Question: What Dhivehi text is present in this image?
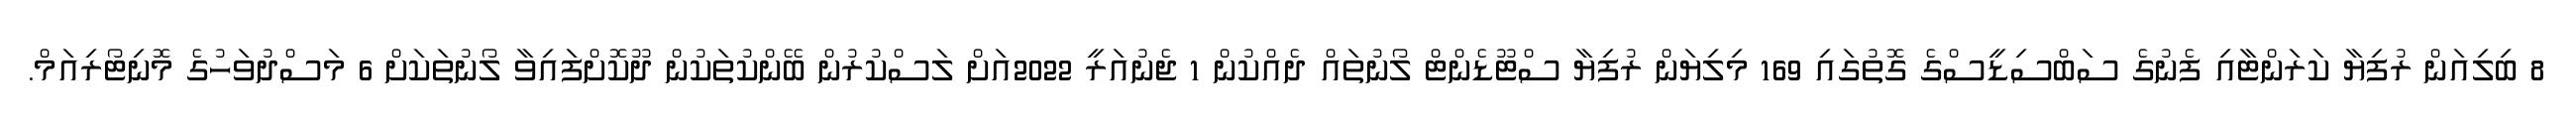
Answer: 8 ބިލިއަން ރުފިޔާ ކަރަންޓާއި ފެނުގެ ސަބްސިޑީސްގެ ގޮތުގައި 169 މިލިޔަން ރުފިޔާ ސްޓޫޑެންޓް ލޯނުތައް ދެއްކުން 1 ޖެނުއަރީ 2022އަށް ލަސްކުރުން ބޭންކުތަކުން ދޫކޮށްފައިވާ ލޯނުތަކަށް 6 މަސްދުވަހުގެ މޮނިޓޯރިއަމް.